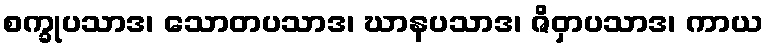
စက္ခုပသာဒ၊ သောတပသာဒ၊ ဃာနပသာဒ၊ ဇိဝှာပသာဒ၊ ကာယ